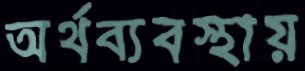
অর্থব্যবস্থায়